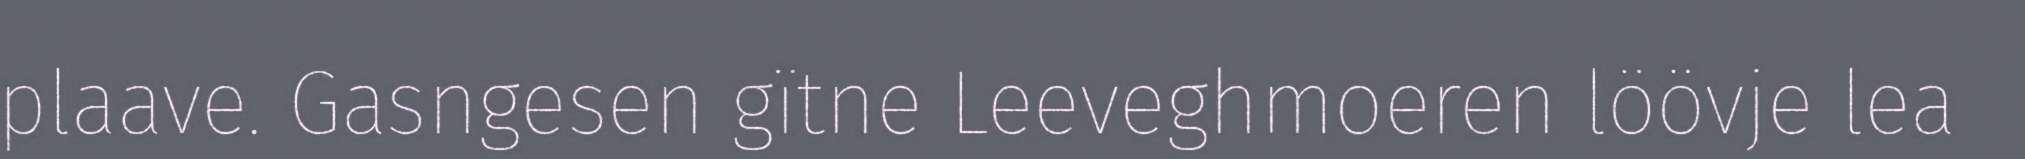
plaave. Gasngesen gïtne Leeveghmoeren löövje lea